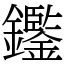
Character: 𨯿